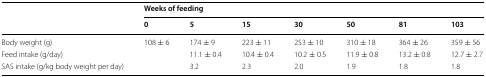
<table><thead><tr><td rowspan="2"></td><td colspan="7"><b>Weeks of feeding</b></td></tr><tr><td><b>0</b></td><td><b>5</b></td><td><b>15</b></td><td><b>30</b></td><td><b>50</b></td><td><b>81</b></td><td><b>103</b></td></tr></thead><tbody><tr><td>Body weight (g)</td><td>108 ± 6</td><td>174 ± 9</td><td>223 ± 11</td><td>253 ± 10</td><td>310 ± 18</td><td>364 ± 26</td><td>359 ± 56</td></tr><tr><td>Feed intake (g/day)</td><td></td><td>11.1 ± 0.4</td><td>10.4 ± 0.4</td><td>10.2 ± 0.5</td><td>11.9 ± 0.8</td><td>13.2 ± 0.8</td><td>12.7 ± 2.7</td></tr><tr><td>SAS intake (g/kg body weight per day)</td><td></td><td>3.2</td><td>2.3</td><td>2.0</td><td>1.9</td><td>1.8</td><td>1.8</td></tr></tbody></table>